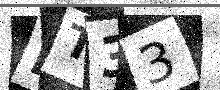
Text: BT33